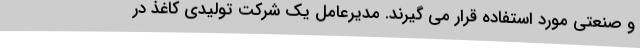
و صنعتی مورد استفاده قرار می گیرند. مدیرعامل یک شرکت تولیدی کاغذ در